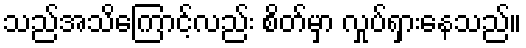
သည်အသိကြောင့်လည်း စိတ်မှာ လှုပ်ရှားနေသည်။